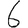
Digit: 6